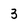
Character: 3